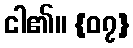
ငါ၏။ {၀၇}